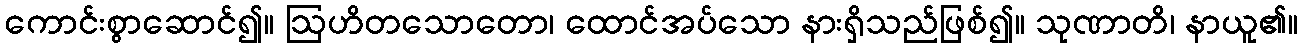
ကောင်းစွာဆောင်၍။ ဩဟိတသောတော၊ ထောင်အပ်သော နားရှိသည်ဖြစ်၍။ သုဏာတိ၊ နာယူ၏။